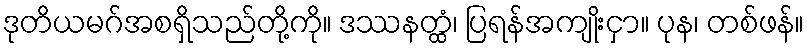
ဒုတိယမဂ်အစရှိသည်တို့ကို။ ဒဿနတ္ထံ၊ ပြရန်အကျိုးငှာ။ ပုန၊ တစ်ဖန်။